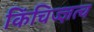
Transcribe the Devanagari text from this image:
किंचिज्ज्ञत्व